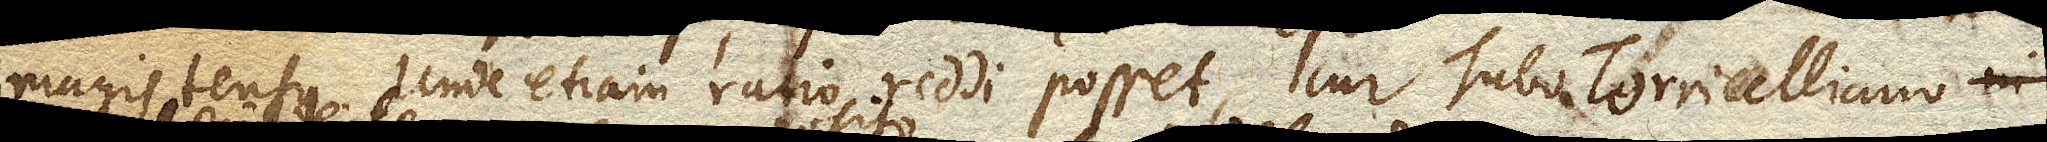
magis tensus. Unde etiam ratio reddi posset, cur Tubo Torricelliano